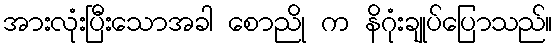
အားလုံးပြီးသောအခါ စောညို က နိဂုံးချုပ်ပြောသည်။